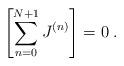
LaTeX: \begin{align*}\left[\sum_{n=0}^{N+1}J^{(n)}\right] = 0\; .\end{align*}